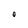
Character: O